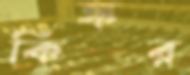
কিঙ্কর